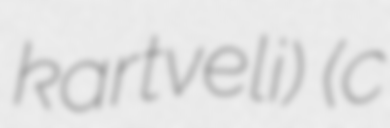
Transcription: kartveli) (c